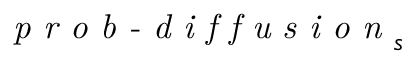
\textit { p r o b - d i f f u s i o n } _ { s }